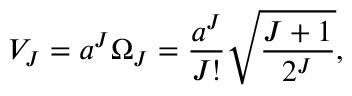
V _ { J } = a ^ { J } \Omega _ { J } = { \frac { a ^ { J } } { J ! } } \sqrt { \frac { J + 1 } { 2 ^ { J } } } ,